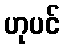
ဟုပင်